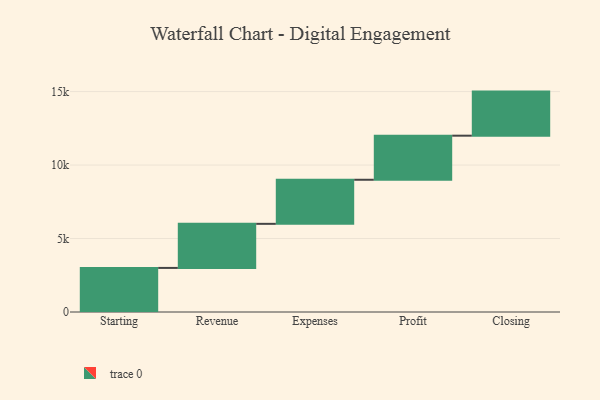
{"axis": {"x": "Step", "y": "Value"}, "legend": [""], "data": [{"x": "Starting", "y": 3000, "type": ""}, {"x": "Revenue", "y": 3000, "type": ""}, {"x": "Expenses", "y": 3000, "type": ""}, {"x": "Profit", "y": 3000, "type": ""}, {"x": "Closing", "y": 3000, "type": ""}]}